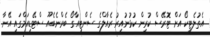
އެތުލެޓިކޯ އަށް ޓޮރޭސް ކުރިން ކުޅުނުއިރު ރެއާލްގެ ސެންޓިއާގޯ ބެރްނެބެއޫ ސްޓޭޑިއަމްގައި އޭނާ